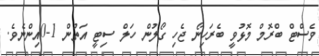
ވެސްޓް ބްރޮމް މޮޅުވީ ބެރަހިނޯ ޖެހި ގޯލުން ހަލް ސިޓީ އަތުން 1-0އިންނެވެ.